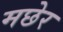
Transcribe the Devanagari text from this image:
मछेर